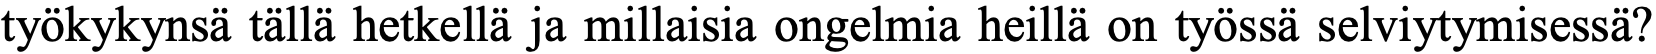
työkykynsä tällä hetkellä ja millaisia ongelmia heillä on työssä selviytymisessä?